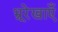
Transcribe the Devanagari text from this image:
भ्रूरेखाएँ